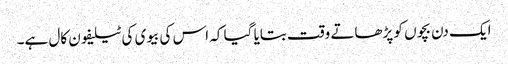
ایک دن بچوں کو پڑھاتے وقت بتایا گیا کہ اس کی بیوی کی ٹیلیفون کال ہے۔